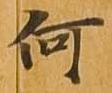
何